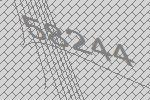
58244